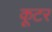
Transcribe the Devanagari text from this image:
कूटर